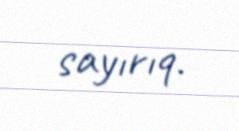
sayırıq.